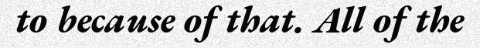
to because of that. All of the